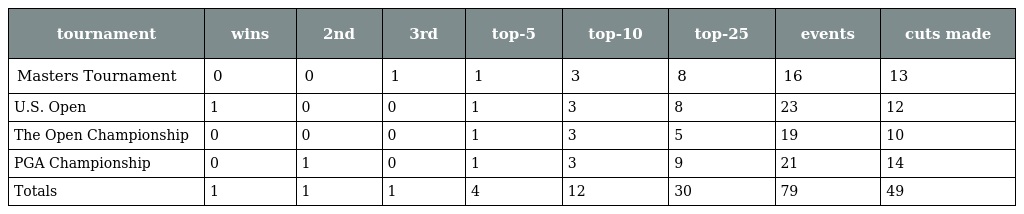
| tournament | wins | 2nd | 3rd | top-5 | top-10 | top-25 | events | cuts made |
 | --- | --- | --- | --- | --- | --- | --- | --- | --- |
 | Masters Tournament | 0 | 0 | 1 | 1 | 3 | 8 | 16 | 13 |
 | U.S. Open | 1 | 0 | 0 | 1 | 3 | 8 | 23 | 12 |
 | The Open Championship | 0 | 0 | 0 | 1 | 3 | 5 | 19 | 10 |
 | PGA Championship | 0 | 1 | 0 | 1 | 3 | 9 | 21 | 14 |
 | Totals | 1 | 1 | 1 | 4 | 12 | 30 | 79 | 49 |